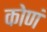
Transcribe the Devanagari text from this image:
कोणं